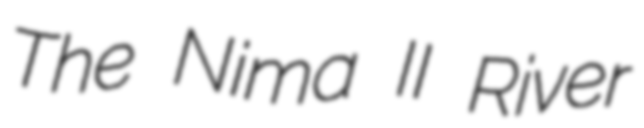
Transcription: The Nima II River